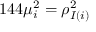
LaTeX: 1 4 4 \mu _ { i } ^ { 2 } = \rho _ { I ( i ) } ^ { 2 }